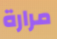
مرارة